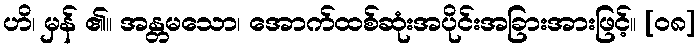
ဟိ၊ မှန် ၏။ အန္တမသော၊ အောက်ထစ်ဆုံးအပိုင်းအခြားအားဖြင့်။ [၀၈]